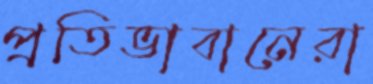
প্রতিভাবানেরা